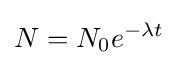
N=N_{0}e^{-\lambda t}\,\!